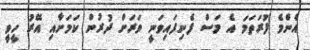
އެންމެ ފުރަތަމަ އެ މަސް ފެނިފައިވަނީ ވަރަށް ދުރުން ކަމަށާއި އޭރު ހީވީ